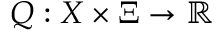
Q : X \times \Xi \rightarrow \mathbb { R }